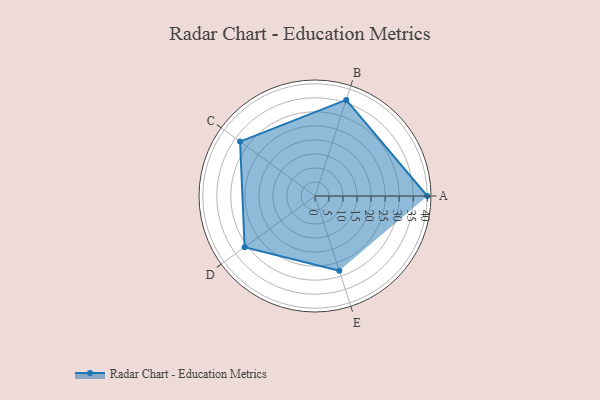
{"axis": {"x": "Skill", "y": "Score"}, "legend": ["Profile"], "data": [{"x": "A", "y": 40.0, "type": "Profile"}, {"x": "B", "y": 36.0, "type": "Profile"}, {"x": "C", "y": 33.0, "type": "Profile"}, {"x": "D", "y": 31.0, "type": "Profile"}, {"x": "E", "y": 28.0, "type": "Profile"}]}